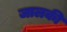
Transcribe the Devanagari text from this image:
जालकी